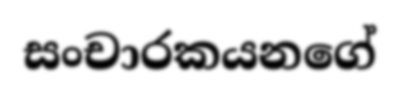
සංචාරකයනගේ